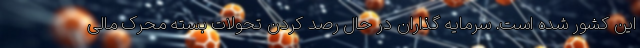
این کشور شده است. سرمایه گذاران در حال رصد کردن تحولات بسته محرک مالی